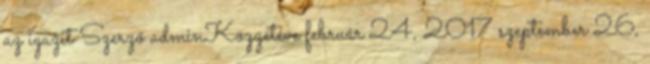
az igazit Szerző adminKözzétéve február 24, 2017 szeptember 26,